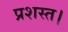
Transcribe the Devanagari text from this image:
प्रशस्त।